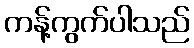
ကန့်ကွက်ပါသည်